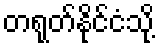
တရုတ်နိုင်ငံသို့